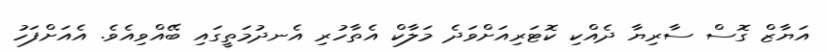
އަޔާޒް ގޮސް ސާރިޔާ ދެއްކި ކޮޓަރިއަށްވަދެ މަލާކް އެތާހުރި އެނދުމަތީގައި ބޭއްވިއެވެ. އެއަށްފަހު